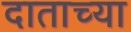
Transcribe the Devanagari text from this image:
दाताच्या